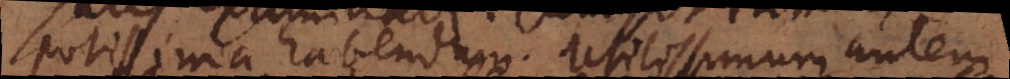
potissima habendum. Utilissimum autem